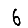
Digit: 6